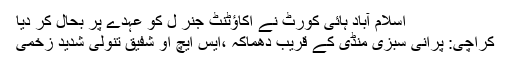
اسلام آباد ہائی کورٹ نے اکاؤٹنٹ جنر ل کو عہدے پر بحال کر دیا
کراچی: پرانی سبزی منڈی کے قریب دھماکہ ،ایس ایچ او شفیق تنولی شدید زخمی